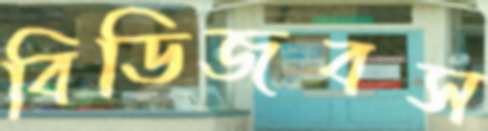
বিডিজবস